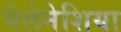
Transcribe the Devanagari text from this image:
मेलेनेशिया